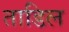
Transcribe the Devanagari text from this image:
ताडिल